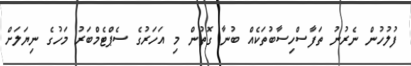
ފުލުހުން ނެރުނު ތަފާސްހިސާބުތަކެއް ބުނާ ގޮތުން މި އަހަރުގެ ސެޕްޓެމްބަރު މަހުގެ ނިޔަލަށް